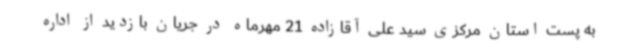
به پست استان مرکزی سید علی آقازاده 21 مهرماه در جریان بازدید از اداره